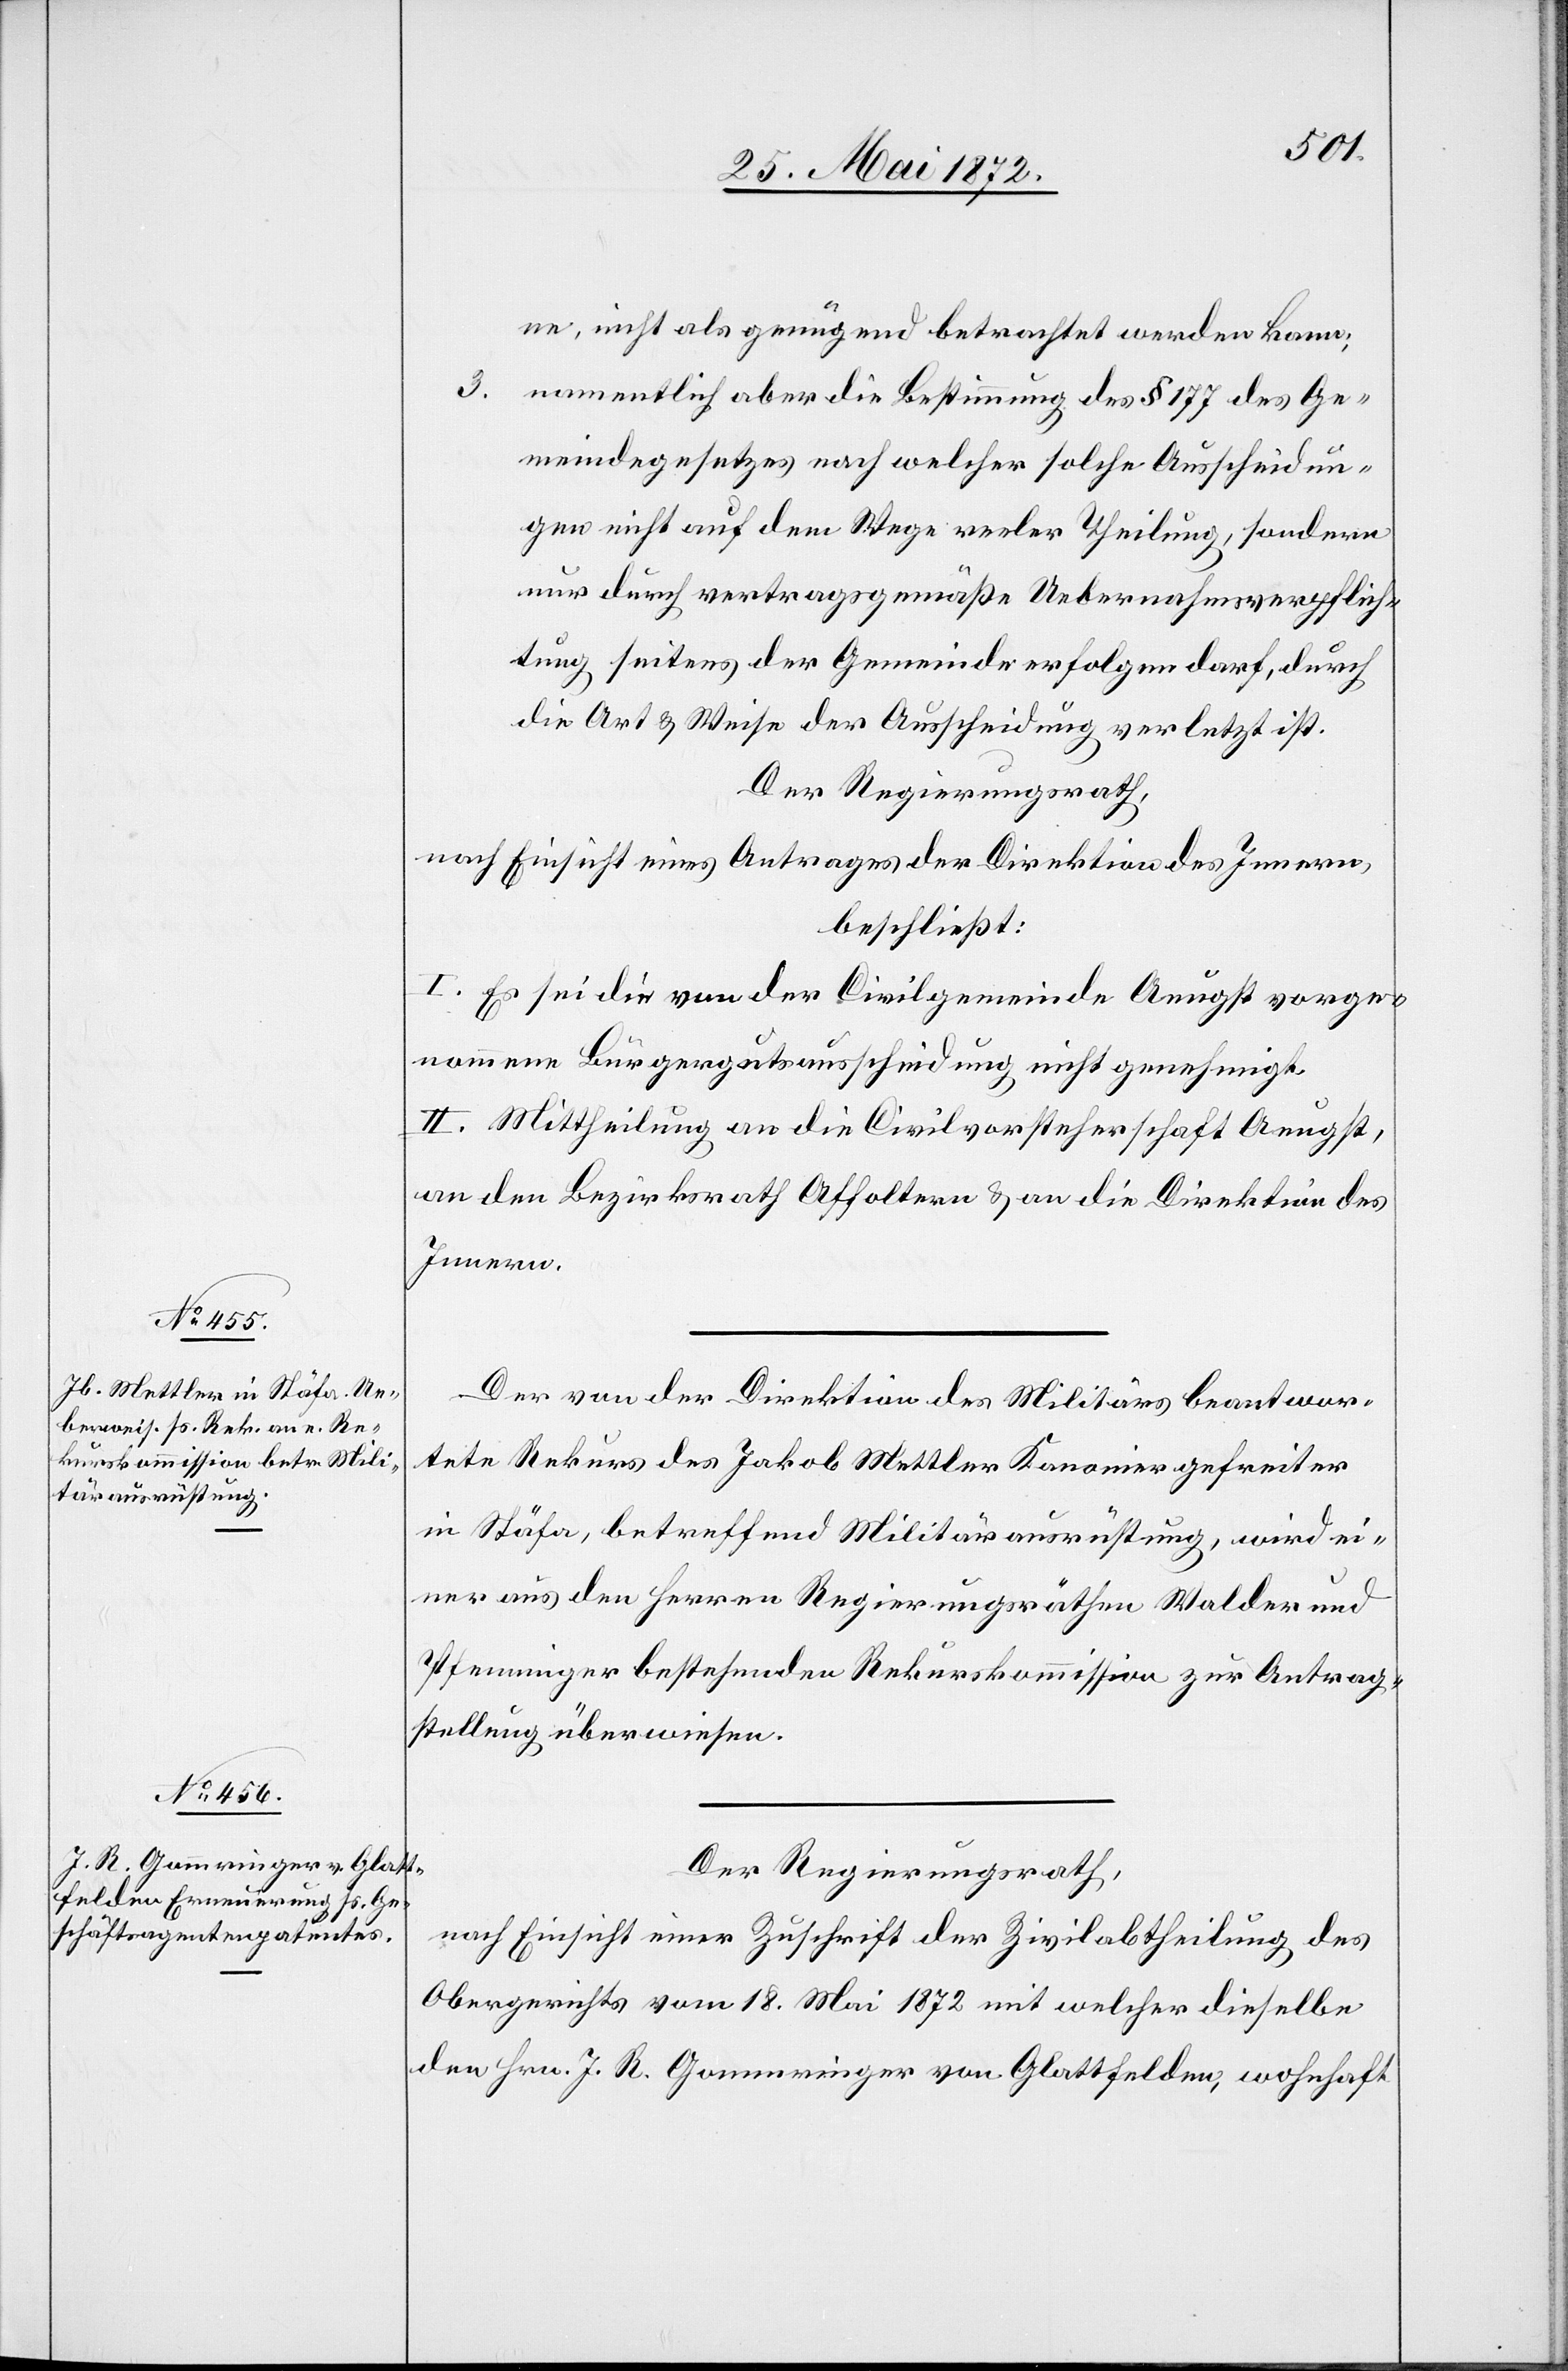
ne, nicht als genügend betrachtet werden kann;
3.
namentlich aber die Bestimmung des § 177 des Ge¬
meindegesetzes nach welcher solche Ausscheidun¬
gen nicht auf dem Wege reeler Theilung, sondern
nur durch vertragsgemäße Uebernahmsverpflich¬
tung seitens der Gemeinde erfolgen darf, durch
die Art u. Weise der Ausscheidung verletzt ist.
Der Regierungsrath,
nach Einsicht eines Antrages der Direktion des Innern,
beschließt:
I. Es sei die von den Civilgemeinde Aeugst vorge¬
nommene Bürgergutsausscheidung nicht genehmigt.
II. Mittheilung an die Civilvorsteherschaft Aeugst,
an den Bezirksrath Affoltern u. an die Direktion des
Innern.
Der von der Direktion des Militärs beantwor¬
tete Rekurs des Jakob Mettler[,] Kanoniergefreiter
in Stäfa, betreffend Militärausrüstung, wird ei¬
ner aus den Herren Regierungsräthen Walder und
Pfenninger bestehenden Rekurskommission zur Antrag¬
stellung überwiesen.
Der Regierungsrath,
nach Einsicht einer Zuschrift der Zivilabtheilung des
Obergerichts vom 18. Mai 1872 mit welcher dieselbe
den Hrn. J. R. Gommringer von Glattfelden, wohnhaft